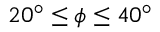
2 0 ^ { \circ } \le \phi \le 4 0 ^ { \circ }